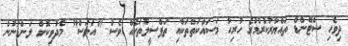
ދިވެހި ސްޓޭންޑް ތައްޔާރުކުރުމުގެ ހުރިހާ މަސައްކަތްތަކާއި ތަފްސީލުތަކެއް ވެސް "އަވަސް" މެދުވިކޮށް ލަންޑަނުން